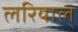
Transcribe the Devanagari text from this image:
लरियाल्